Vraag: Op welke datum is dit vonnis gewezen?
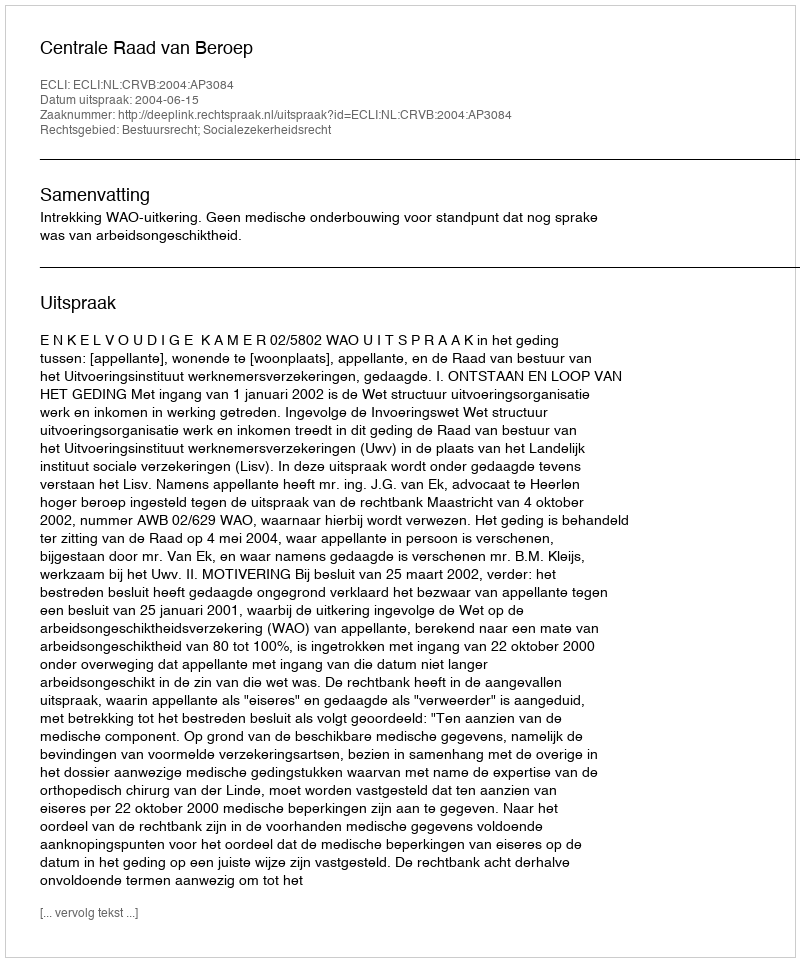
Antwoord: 2004-06-15